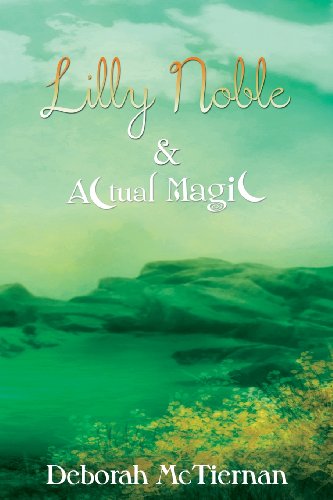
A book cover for Lilly Noble & Actual Magic (Volume 1); Deborah McTiernan; Children's Books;